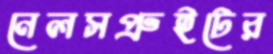
নেলসপ্রুইটের